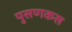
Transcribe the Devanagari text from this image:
पुसणकस